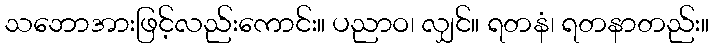
သဘောအားဖြင့်လည်းကောင်း။ ပညာဝ၊ လျှင်။ ရတနံ၊ ရတနာတည်း။